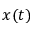
x ( t )